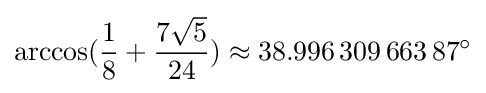
\arccos({\frac {1}{8}}+{\frac {7{\sqrt {5}}}{24}})\approx 38.996\,309\,663\,87^{\circ }